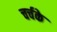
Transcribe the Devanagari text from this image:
चर्चके